Report of the Indian Hemp Drugs Commission, 1894-1895 - Volume II
Year: 1894
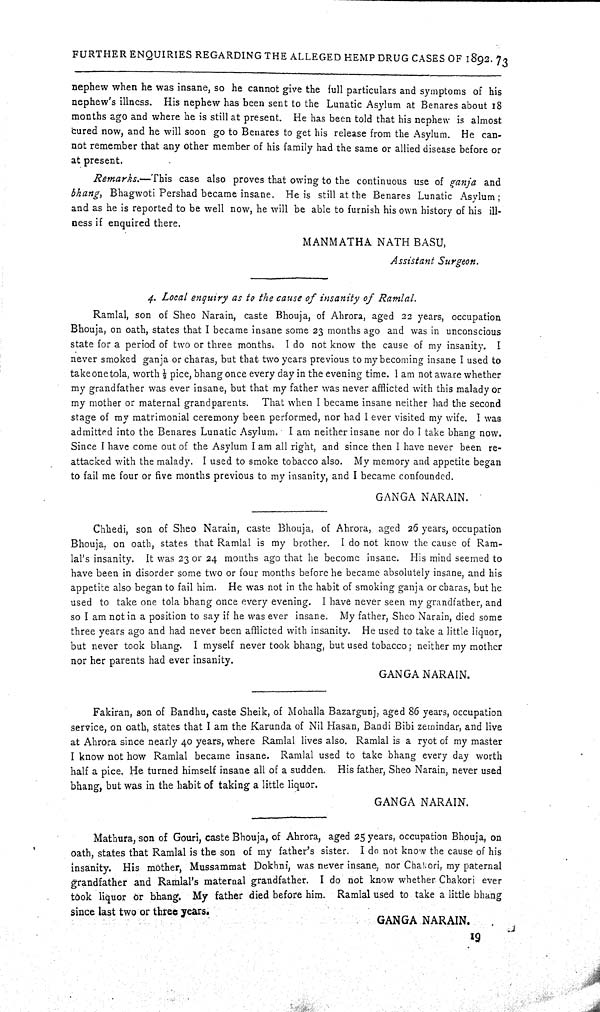
FURTHER ENQUIRIES REGARDING THE ALLEGED HEMP DRUG CASES OF 1892. 73
nephew when he was insane, so he cannot give the full particulars and symptoms of his
nephew's illness. His nephew has been sent to the Lunatic Asylum at Benares about 18
months ago and where he is still at present. He has been told that his nephew is almost
cured now, and he will soon go to Benares to get his release from the Asylum. He can-
not remember that any other member of his family had the same or allied disease before or
at present.
Remarks.—This case also proves that owing to the continuous use of ganja and
bhang, Bhagwoti Pershad became insane. He is still at the Benares Lunatic Asylum;
and as he is reported to be well now, he will be able to furnish his own history of his ill-
ness if enquired there.
MANMATHA NATH BASU,
Assistant Surgeon.
4. Local enquiry as to the cause of insanity of Ramlal.
Ramlal, son of Sheo Narain, caste Bhouja, of Ahrora, aged 22 years, occupation
Bhouja, on oath, states that I became insane some 23 months ago and was in unconscious
state for a period of two or three months. I do not know the cause of my insanity. I
never smoked ganja or charas, but that two years previous to my becoming insane I used to
take one tola, worth 1/2 pice, bhang once every day in the evening time. I am not aware whether
my grandfather was ever insane, but that my father was never afflicted with this malady or
my mother or maternal grandparents. That when I became insane neither had the second
stage of my matrimonial ceremony been performed, nor had I ever visited my wife. I was
admitted into the Benares Lunatic Asylum. I am neither insane nor do I take bhang now.
Since I have come out of the Asylum I am all right, and since then I have never been re-
attacked with the malady. I used to smoke tobacco also. My memory and appetite began
to fail me four or five months previous to my insanity, and I became confounded.
GANGA NARAIN.
Chhedi, son of Sheo Narain, caste Bhouja, of Ahrora, aged 26 years, occupation
Bhouja, on oath, states that Ramlal is my brother. I do not know the cause of Ram-
lal's insanity. It was 23 or 24 months ago that he become insane. His mind seemed to
have been in disorder some two or four months before he became absolutely insane, and his
appetite also began to fail him. He was not in the habit of smoking ganja or charas, but he
used to take one tola bhang once every evening. I have never seen my grandfather, and
so I am not in a position to say if he was ever insane. My father, Sheo Narain, died some
three years ago and had never been afflicted with insanity. He used to take a little liquor,
but never took bhang. I myself never took bhang, but used tobacco; neither my mother
nor her parents had ever insanity.
GANGA NARAIN.
Fakiran, son of Bandhu, caste Sheik, of Mohalla Bazargunj, aged 86 years, occupation
service, on oath, states that I am the Karunda of Nil Hasan, Bandi Bibi zemindar, and live
at Ahrora since nearly 40 years, where Ramlal lives also. Ramlal is a ryot of my master
I know not how Ramlal became insane. Ramlal used to take bhang every day worth
half a pice. He turned himself insane all of a sudden. His father, Sheo Narain, never used
bhang, but was in the habit of taking a little liquor.
GANGA NARAIN.
Mathura, son of Gouri, caste Bhouja, of Ahrora, aged 25 years, occupation Bhouja, on
oath, states that Ramlal is the son of my father's sister. I do not know the cause of his
insanity. His mother, Mussammat Dokhni, was never insane, nor Chakori, my paternal
grandfather and Ramlal's maternal grandfather. I do not know whether Chakori ever
took liquor or bhang. My father died before him. Ramlal used to take a little bhang
since last two or three years.
GANGA NARAIN.
19